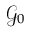
\mathcal { G } _ { 0 }